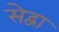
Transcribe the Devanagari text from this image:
सेद्वा